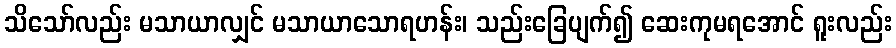
သိသော်လည်း မသာယာလျှင် မသာယာသောရဟန်း၊ သည်းခြေပျက်၍ ဆေးကုမရအောင် ရူးလည်း